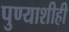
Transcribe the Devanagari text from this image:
पुण्याशीही